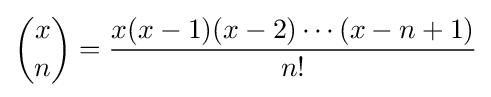
{x \choose n}={\frac {x(x-1)(x-2)\cdots (x-n+1)}{n!}}